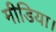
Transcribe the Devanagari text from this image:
मीडिया।